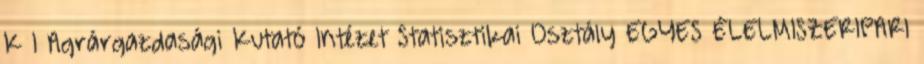
K I Agrárgazdasági Kutató Intézet Statisztikai Osztály EGYES ÉLELMISZERIPARI